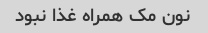
نون مک همراه غذا نبود